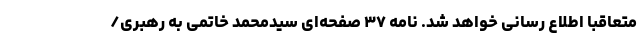
متعاقباً اطلاع رسانی خواهد شد. نامه ۳۷ صفحه‌ای سیدمحمد خاتمی به رهبری/